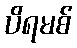
ပိရမစ်